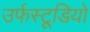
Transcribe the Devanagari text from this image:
उर्फस्टूडियो